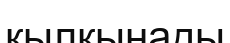
қылқынады